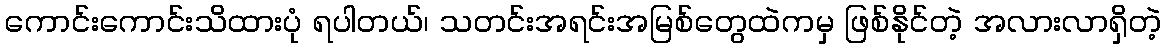
ကောင်းကောင်းသိထားပုံ ရပါတယ်၊ သတင်းအရင်းအမြစ်တွေထဲကမှ ဖြစ်နိုင်တဲ့ အလားလာရှိတဲ့